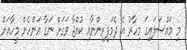
މި މައްސަލައިގަ މިހާރު އެ ދެމަފިރިންނާއި ކުއްޖާ ވަގަށް ނަގާ އަންހެން މީހާއަށް